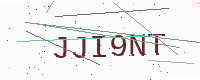
Text: JJI9NT